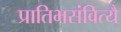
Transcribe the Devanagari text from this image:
प्रातिभसंवित्यै